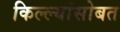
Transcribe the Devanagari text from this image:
किल्ल्यांसोबत